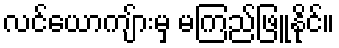
လင်ယောကျ်ားမှ မကြည်ဖြူနိုင်။